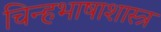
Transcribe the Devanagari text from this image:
चिन्हभाषाशास्त्र